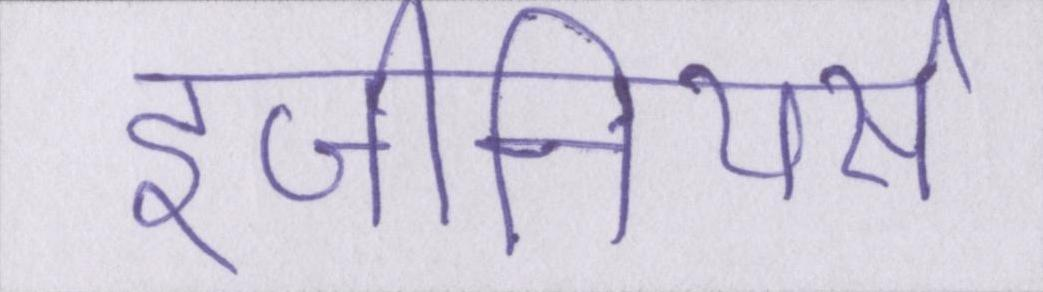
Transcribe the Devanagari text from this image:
इंजीनियर्स